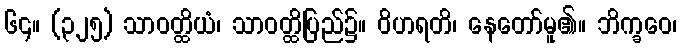
၆၄။ (၃၂၅) သာဝတ္ထိယံ၊ သာဝတ္ထိပြည်၌။ ဝိဟရတိ၊ နေတော်မူ၏။ ဘိက္ခဝေ၊